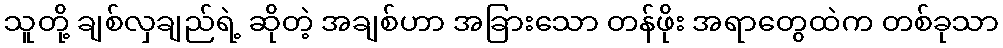
သူတို့ ချစ်လှချည်ရဲ့ ဆိုတဲ့ အချစ်ဟာ အခြားသော တန်ဖိုး အရာတွေထဲက တစ်ခုသာ